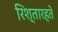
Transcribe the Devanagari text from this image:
रिश्तारहते